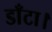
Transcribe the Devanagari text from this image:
डाँटा।